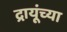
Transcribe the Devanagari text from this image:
द्रायूंच्या